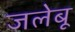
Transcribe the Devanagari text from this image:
जलेबू